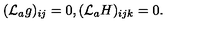
( { \cal L } _ { a } g ) _ { i j } = 0 , ( { \cal L } _ { a } H ) _ { i j k } = 0 .